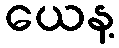
ယေန့